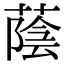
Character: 蔭